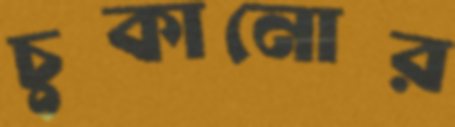
চুকানোর